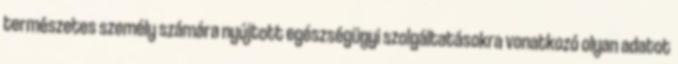
természetes személy számára nyújtott egészségügyi szolgáltatásokra vonatkozó olyan adatot